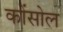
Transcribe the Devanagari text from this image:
कोंसोल